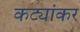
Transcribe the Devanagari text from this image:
कट्यांकर